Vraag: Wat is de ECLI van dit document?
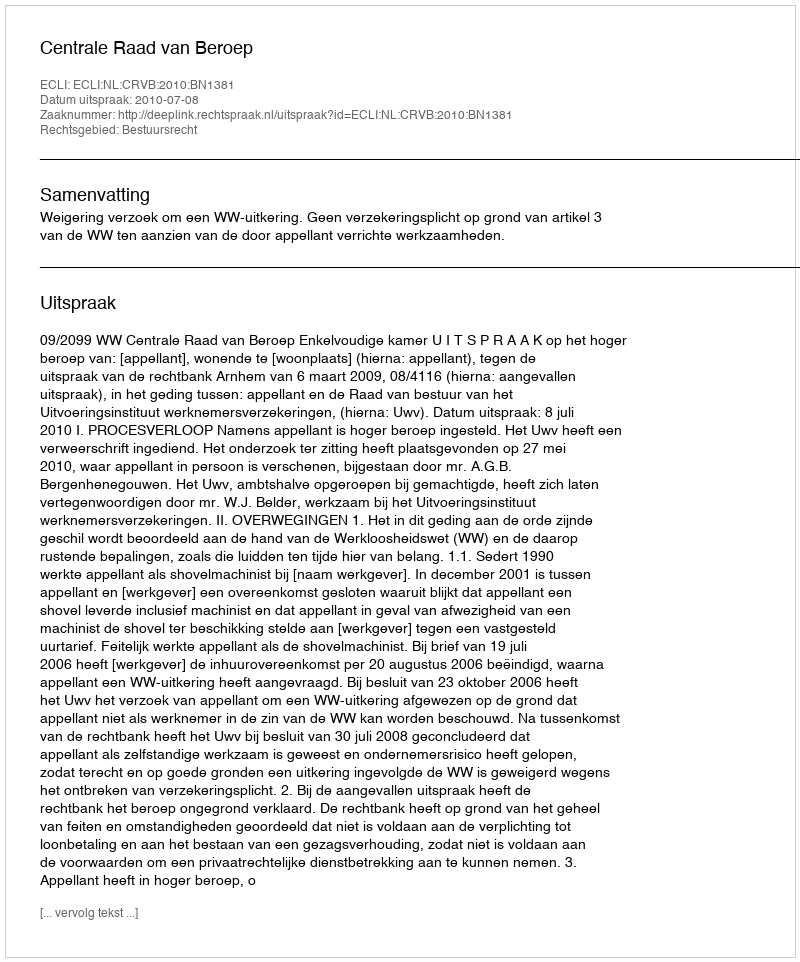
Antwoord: ECLI:NL:CRVB:2010:BN1381